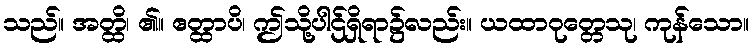
သည်။ အတ္ထိ၊ ၏။ ဧတ္ထာပိ၊ ဤသို့ပါဌ်ရှိရာ၌လည်း။ ယထာဝုတ္တေသု၊ ကုန်သော။